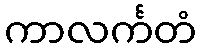
ကာလင်္ကတံ